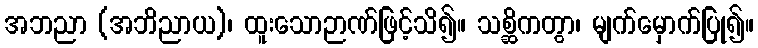
အဘညာ (အဘိညာယ)၊ ထူးသောဉာဏ်ဖြင့်သိ၍။ သစ္ဆိကတွာ၊ မျက်မှောက်ပြု၍။